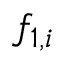
f _ { 1 , i }